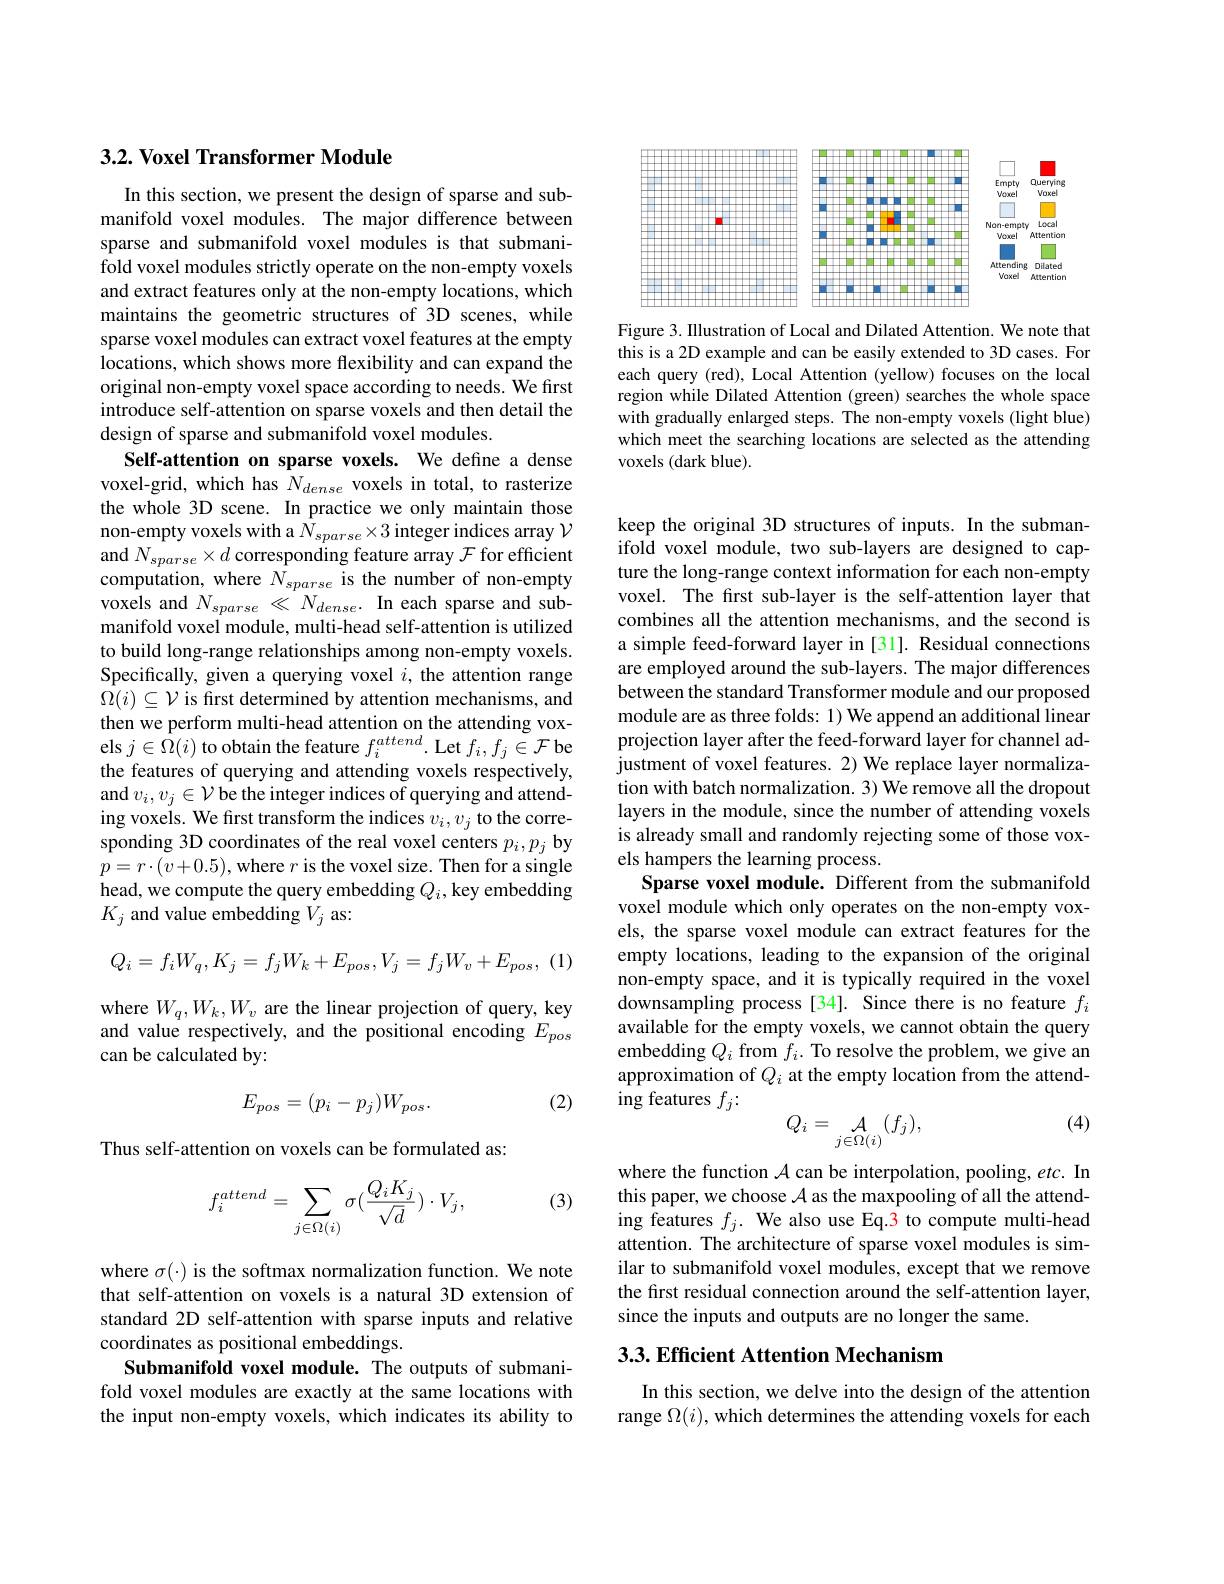
## 3.2. Voxel Transformer Module

In this section, we present the design of sparse and submanifold voxel modules. The major difference between sparse and submanifold voxel modules is that submanifold voxel modules strictly operate on the non-empty voxels and extract features only at the non-empty locations, which maintains the geometric structures of 3D scenes, while sparse voxel modules can extract voxel features at the empty locations, which shows more flexibility and can expand the original non-empty voxel space according to needs. We first introduce self-attention on sparse voxels and then detail the design of sparse and submanifold voxel modules.
Self-attention on sparse voxels. We define a dense voxel-grid, which has $N_{dense}$ voxels in total, to rasterize the whole 3D scene. In practice we only maintain those non-empty voxels with a $\hat{N}_{sparse}\times3$ integer indices array $\mathcal{V}$ and $N_sparse\times d$ corresponding feature array $\mathcal{F}$ for efficient computation, where $N_{sparse}$ is the number of non-empty voxels and $N_{sparse}\ll N_{dense}.$ In each sparse and submanifold voxel module, multi-head self-attention is utilized to build long-range relationships among non-empty voxels. Specifically, given a querying voxel $i$, the attention range $\Omega(i)\subseteq\mathcal{V}$ is first determined by attention mechanisms, and then we perform multi-head attention on the attending voxels $j\in\Omega(i)$ to obtain the feature $f_i^{attend}.$ Let $f_i,f_j\in\mathcal{F}$ be the features of querying and attending voxels respectively, and $v_i,v_j\in\mathcal{V}$ be the integer indices of querying and attending voxels. We first transform the indices $v_i,v_j$ to the corresponding 3D coordinates of the real voxel centers $p_i,p_j$ by $p=r\cdot(v+0.5)$,where $r$ is the voxel size. Then for a single head, we compute the query embedding $Q_i$, key embedding $K_j$ and value embedding $V_j$ as:

(1)
$$Q_{i}=f_{i}W_{q},K_{j}=f_{j}W_{k}+E_{pos},V_{j}=f_{j}W_{v}+E_{pos},$$
$\begin{array}{l}\mathrm{where~}W_{q},W_{k},W_{v}\text{ are the linear projection of query, key}\\\mathrm{and~value~respectively,~and~the~positional~encoding~}E_{pos}\end{array}$
can be calculated by:
$$E_{pos}=(p_i-p_j)W_{pos}.$$
(2)

Thus self-attention on voxels can be formulated as:
$$f_i^{attend}=\sum_{j\in\Omega(i)}\sigma(\frac{Q_iK_j}{\sqrt{d}})\cdot V_j,$$
(3)

where $\sigma(\cdot)$ is the softmax normalization function. We note that self-attention on voxels is a natural 3D extension of standard 2D self-attention with sparse inputs and relative coordinates as positional embeddings.
Submanifold voxel module. The outputs of submanifold voxel modules are exactly at the same locations with the input non-empty voxels, which indicates its ability to

<FigureHere>

Figure 3. IIlustration of Local and Dilated Attention. We note that this is a 2D example and can be easily extended to 3D cases. For each query (red), Local Attention (yellow) focuses on the local region while Dilated Attention (green) searches the whole space with gradually enlarged steps. The non-empty voxels (light blue) which meet the searching locations are selected as the attending voxels (dark blue).

keep the original 3D structures of inputs. In the submanifold voxel module, two sub-layers are designed to capture the long-range context information for each non-empty voxel. The first sub-layer is the self-attention layer that combines all the attention mechanisms, and the second is a simple feed-forward layer in [31]. Residual connections are employed around the sub-layers. The major differences between the standard Transformer module and our proposed module are as three folds: 1) We append an additional linear projection layer after the feed-forward layer for channel adjustment of voxel features. 2) We replace layer normalization with batch normalization. 3) We remove all the dropout layers in the module, since the number of attending voxels is already small and randomly rejecting some of those voxels hampers the learning process.
Sparse voxel module. Different from the submanifold voxel module which only operates on the non-empty voxels, the sparse voxel module can extract features for the empty locations, leading to the expansion of the original non-empty space, and it is typically required in the voxel downsampling process [34]. Since there is no feature $f_i$ available for the empty voxels, we cannot obtain the query embedding $Q_i$ from $f_i.$ To resolve the problem, we give an approximation of $Q_i$ at the empty location from the attending features $f_j:$
(4)
$$Q_i=\underset{j\in\Omega(i)}{\mathcal{A}}(f_j),$$
where the function $\mathcal{A}$ can be interpolation, pooling, etc. In this paper, we choose $\mathcal{A}$ as the maxpooling of all the attending features $f_j.$ We also use Eq.3 to compute multi-head attention. The architecture of sparse voxel modules is similar to submanifold voxel modules, except that we remove the first residual connection around the self-attention layer, since the inputs and outputs are no longer the same.

## 3.3. Efficient Attention Mechanism

In this section, we delve into the design of the attention range $\Omega(i)$, which determines the attending voxels for each